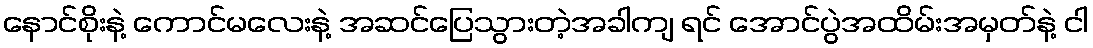
နောင်စိုးနဲ့ ကောင်မလေးနဲ့ အဆင်ပြေသွားတဲ့အခါကျ ရင် အောင်ပွဲအထိမ်းအမှတ်နဲ့ ငါ